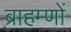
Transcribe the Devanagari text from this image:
ब्राहम्‍णों